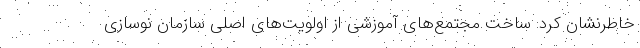
خاطرنشان کرد: ساخت مجتمع‌های آموزشی از اولویت‌های اصلی سازمان نوسازی